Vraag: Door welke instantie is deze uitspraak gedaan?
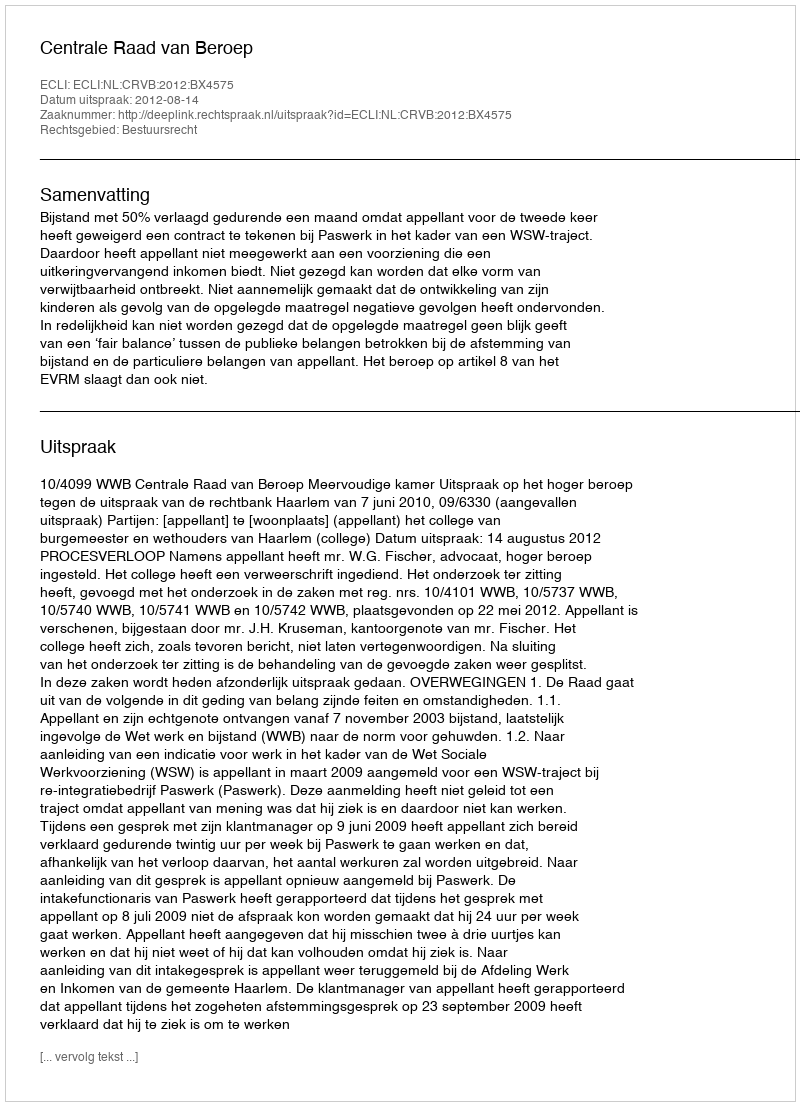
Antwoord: Centrale Raad van Beroep